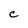
Character: C